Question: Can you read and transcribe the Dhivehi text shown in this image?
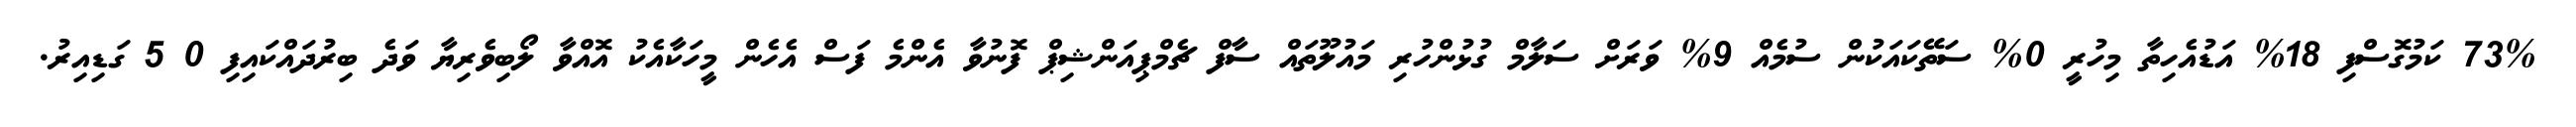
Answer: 73% ކަމުގޮސްފި 18% އަޑުއެހިތާ މިހުރީ 0% ސަތޭކައަކުން ސުމެއް 9% ވަރަށް ސަލާމް ގުޅުންހުރި މައުލޫތައް ސާފް ޗެމްޕިއަންޝިޕް ފޮނުވާ އެންމެ ފަސް އެހެން މީހަކާއެކު އޮއްވާ ލޯބިވެރިޔާ ވަދެ ބިރުދައްކައިފި 0 5 ގަޑިއިރު.